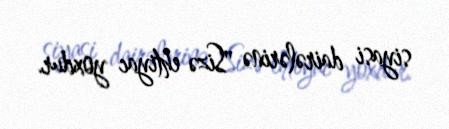
siyasi dairələrinə "Sizə ehtiyac yoxdur.